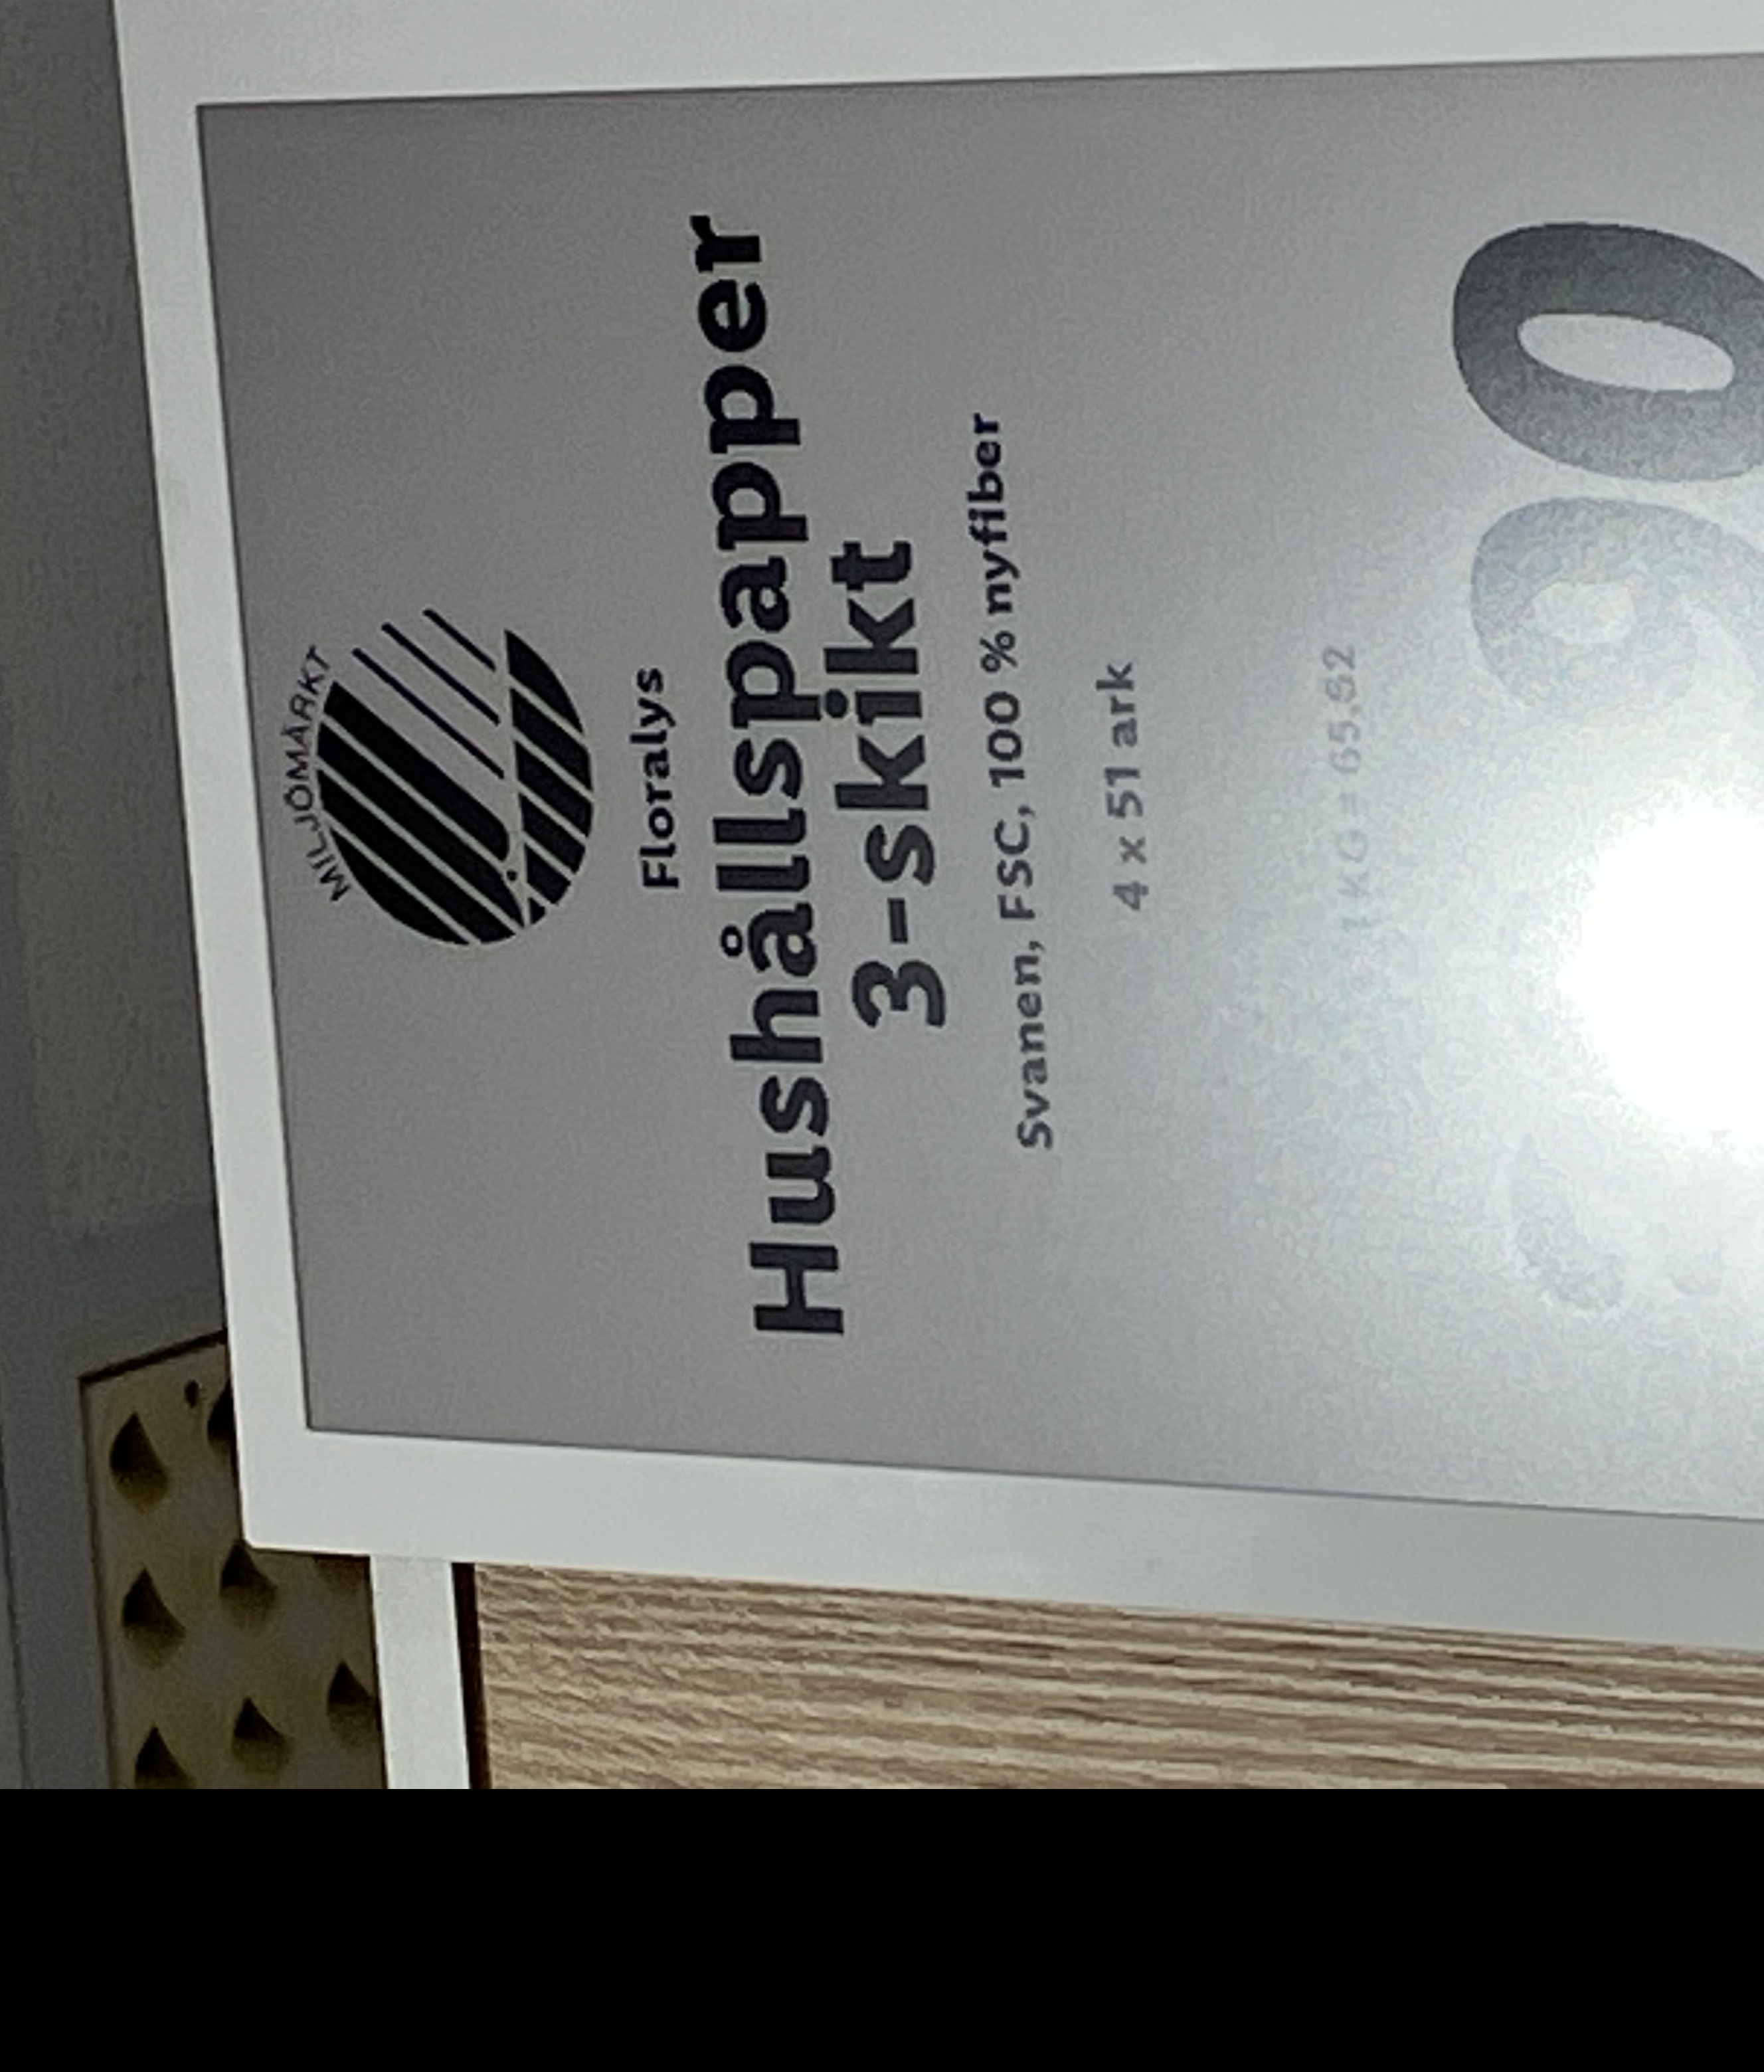
Vara: Hushållspapper 3-skikt
Genomsnittspris: 65.52 per kg